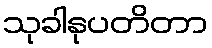
သုခါနုပတိတာ